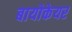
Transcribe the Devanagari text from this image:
बायोकेयर